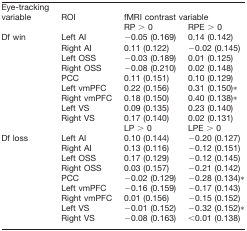
<table><thead><tr><td rowspan="2"><b>Eye-tracking variable</b></td><td rowspan="2"><b>ROI</b></td><td colspan="2"><b>fMRI contrast variable</b></td></tr><tr><td><b>RP &gt; 0</b></td><td><b>RPE &gt; 0</b></td></tr></thead><tbody><tr><td>Df win</td><td>Left AI</td><td>−0.05 (0.169)</td><td>0.14 (0.142)</td></tr><tr><td></td><td>Right AI</td><td>0.11 (0.122)</td><td>−0.02 (0.145)</td></tr><tr><td></td><td>Left OSS</td><td>−0.03 (0.189)</td><td>0.01 (0.125)</td></tr><tr><td></td><td>Right OSS</td><td>−0.08 (0.210)</td><td>0.02 (0.148)</td></tr><tr><td></td><td>PCC</td><td>0.11 (0.151)</td><td>0.10 (0.129)</td></tr><tr><td></td><td>Left vmPFC</td><td>0.22 (0.156)</td><td>0.31 (0.150)*</td></tr><tr><td></td><td>Right vmPFC</td><td>0.18 (0.150)</td><td>0.40 (0.138)*</td></tr><tr><td></td><td>Left VS</td><td>0.09 (0.135)</td><td>0.23 (0.140)</td></tr><tr><td></td><td>Right VS</td><td>0.17 (0.140)</td><td>0.02 (0.131)</td></tr><tr><td></td><td></td><td>LP &gt; 0</td><td>LPE &gt; 0</td></tr><tr><td>Df loss</td><td>Left AI</td><td>0.10 (0.144)</td><td>−0.20 (0.127)</td></tr><tr><td></td><td>Right AI</td><td>0.13 (0.116)</td><td>−0.12 (0.151)</td></tr><tr><td></td><td>Left OSS</td><td>0.17 (0.129)</td><td>−0.12 (0.145)</td></tr><tr><td></td><td>Right OSS</td><td>0.03 (0.157)</td><td>−0.21 (0.142)</td></tr><tr><td></td><td>PCC</td><td>−0.02 (0.129)</td><td>−0.28 (0.134)*</td></tr><tr><td></td><td>Left vmPFC</td><td>−0.16 (0.159)</td><td>−0.17 (0.143)</td></tr><tr><td></td><td>Right vmPFC</td><td>0.01 (0.156)</td><td>−0.15 (0.152)</td></tr><tr><td></td><td>Left VS</td><td>−0.01 (0.152)</td><td>−0.32 (0.152)*</td></tr><tr><td></td><td>Right VS</td><td>−0.08 (0.163)</td><td>&lt;0.01 (0.138)</td></tr></tbody></table>